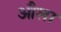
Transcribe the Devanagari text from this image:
औला